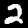
Digit: 2